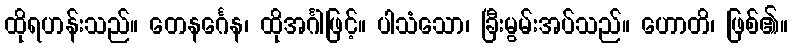
ထိုရဟန်းသည်။ တေနင်္ဂေန၊ ထိုအင်္ဂါဖြင့်။ ပါသံသော၊ ခြီးမွမ်းအပ်သည်။ ဟောတိ၊ ဖြစ်၏။